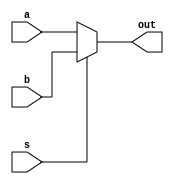
module mux2_4(output wire [3:0] out, input wire [3:0] a, input wire [3:0] b, input wire s);

	assign out = s ? b : a; //oper. condicional de C, sintaxis [condicion ? valor_si_cierta : valor_si_falsa] 

endmodule